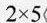
2 \times 5